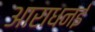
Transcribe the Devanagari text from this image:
आराधनई